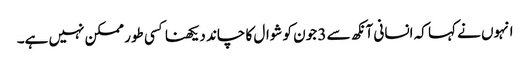
انہوں نے کہا کہ انسانی آنکھ سے 3 جون کو شوال کا چاند دیکھنا کسی طور ممکن نہیں ہے۔